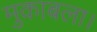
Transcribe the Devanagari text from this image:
मुकाबला।